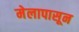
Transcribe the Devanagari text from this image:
मेलापासून